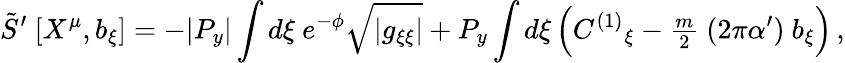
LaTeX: \tilde{S}^{\prime}\ [X^{\mu},b_{\xi}]=-|P_{y}|\int d\xi\ e^{-\phi}\sqrt{|g_{\xi\xi}|}+P_{y}\int d\xi\left(C^{(1)}{}_{\xi}-{\textstyle\frac{m}{2}}\ (2\pi\alpha^{\prime})\ b_{\xi}\right)\, ,